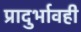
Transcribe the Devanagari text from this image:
प्रादुर्भावही